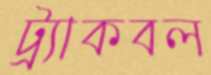
ট্র্যাকবল